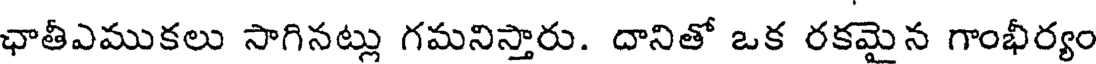
ఛాతీఎముకలు సాగినట్లు గమనిస్తారు. దానితో ఒక రకమైన గాంభీర్యం